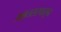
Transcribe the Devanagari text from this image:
अमृतसरपासून